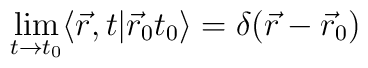
\lim_{t \rightarrow t_0} \langle \vec{r}, t \vert\vec{r}_0t_0\rangle = \delta  ( \vec{r}-\vec{r}_0)